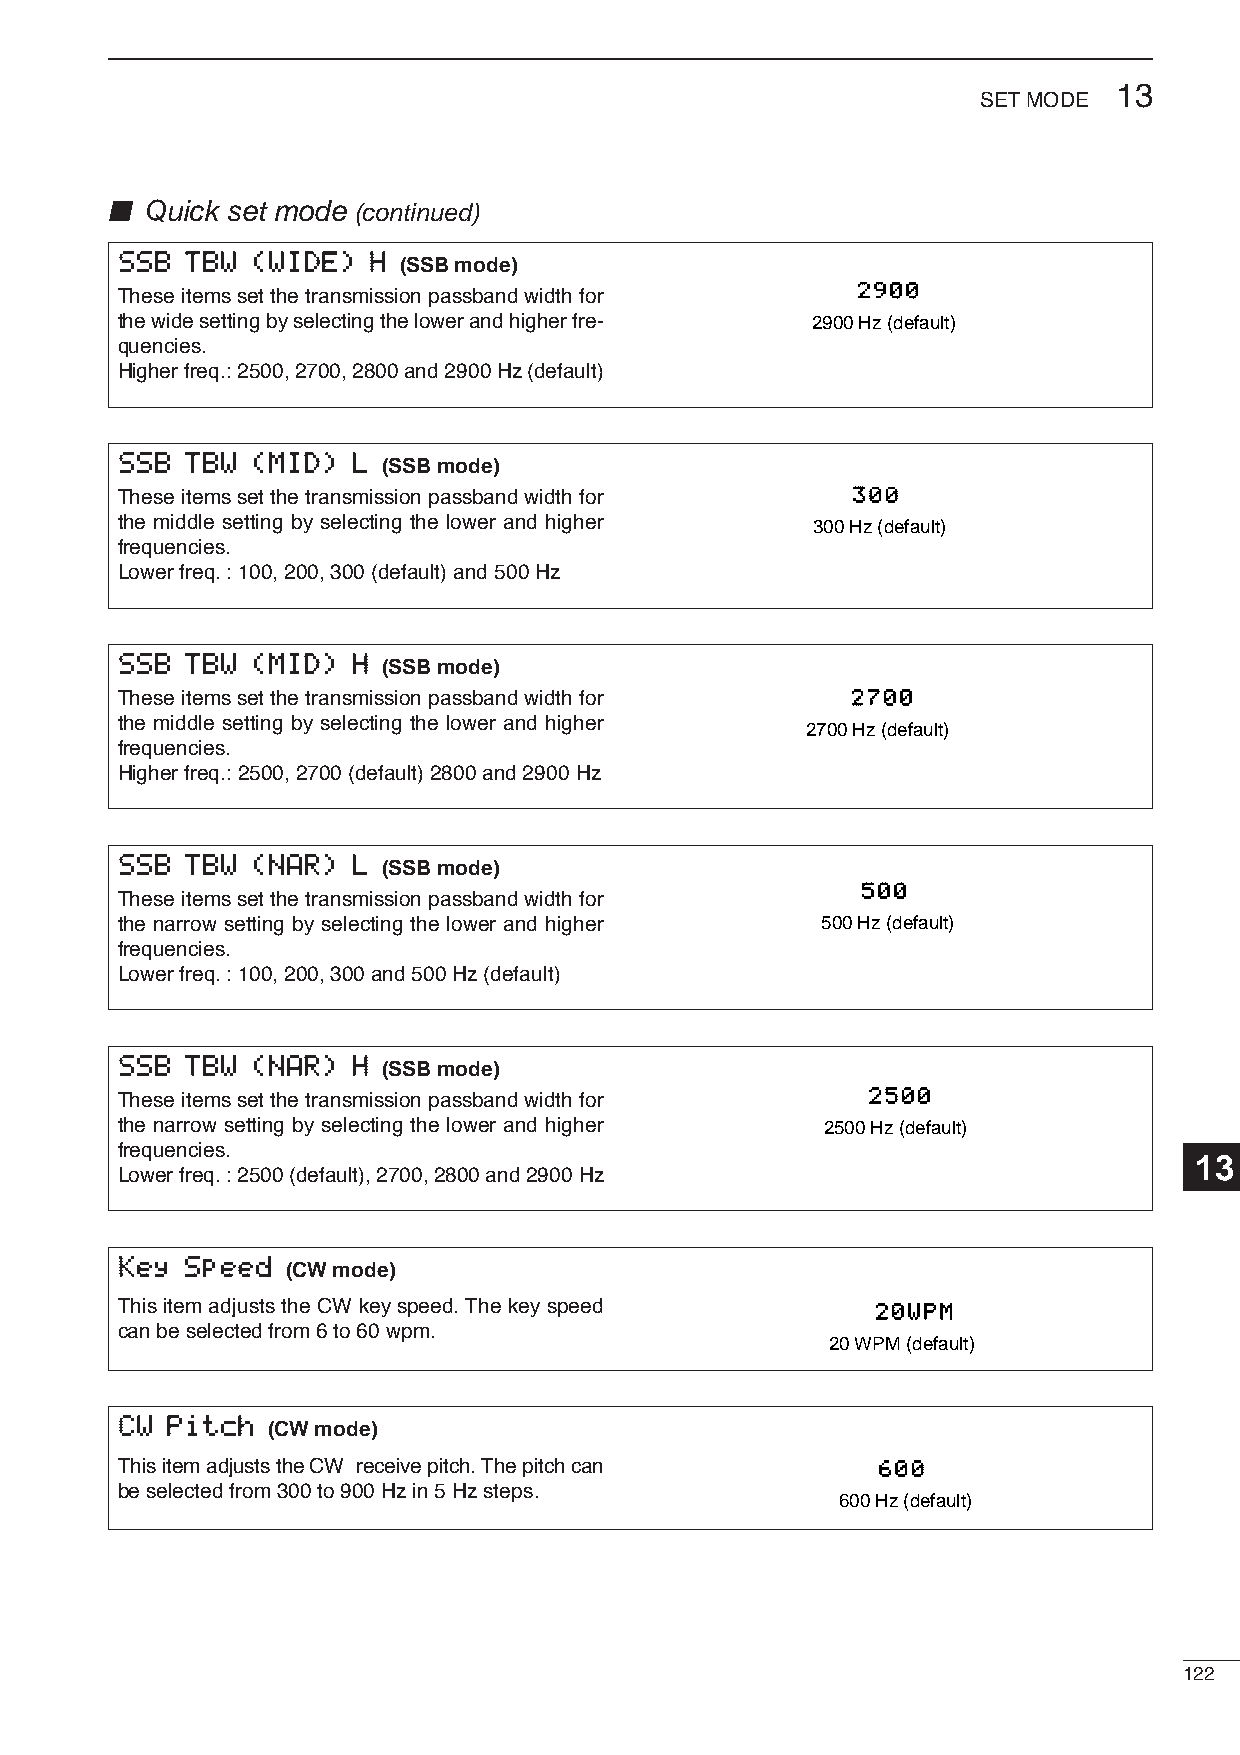
13
 SETMODE
 ■ Quick set mode (continued)
 SSSSBB TTBBWW ((WWIIDDEE)) HH
 (SSB mode)
 2900
 These items set the transmission passband width for
 the wide setting by selecting the lower and higher fre- 2900 Hz (default)
 quencies.
 Higher freq.: 2500, 2700, 2800 and 2900Hz (default)
 SSSSBB TTBBWW ((MMIIDD)) LL
 (SSB mode)
 These items set the transmission passband width for 300
 the middle setting by selecting the lower and higher 300 Hz (default)
 frequencies.
 Lower freq.: 100, 200, 300 (default) and 500Hz
 SSSSBB TTBBWW ((MMIIDD)) HH
 (SSB mode)
 These items set the transmission passband width for 2700
 the middle setting by selecting the lower and higher
 2700 Hz (default)
 frequencies.
 Higher freq.: 2500, 2700 (default) 2800 and 2900Hz
 SSSSBB TTBBWW ((NNAARR)) LL
 (SSB mode)
 500
 These items set the transmission passband width for
 the narrow setting by selecting the lower and higher 500 Hz (default)
 frequencies.
 Lower freq.: 100, 200, 300 and 500Hz (default)
 SSSSBB TTBBWW ((NNAARR)) HH
 (SSB mode)
 2500
 These items set the transmission passband width for
 the narrow setting by selecting the lower and higher 2500 Hz (default)
 frequencies.
 13
 Lower freq.: 2500 (default), 2700, 2800 and 2900Hz
 KKeeyy SSppeeeedd
 (CW mode)
 This item adjusts the CW key speed. The key speed 20WPM
 can be selected from 6 to 60 wpm.
 20 WPM (default)
 CCWW PPiittcchh
 (CW mode)
 This item adjusts the CW receive pitch. The pitch can 600
 be selected from 300 to 900 Hz in 5 Hz steps.
 600 Hz (default)
 122